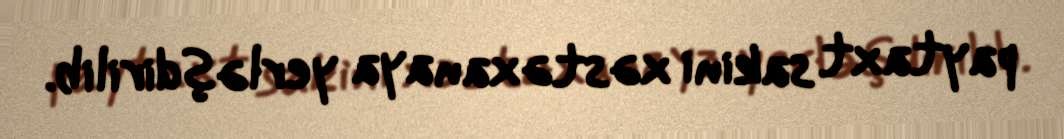
paytaxt sakini xəstəxanaya yerləşdirilib.